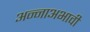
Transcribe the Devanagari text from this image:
अन्नाअभावी